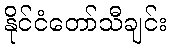
နိုင်ငံတော်သီချင်း